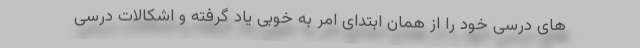
های درسی خود را از همان ابتدای امر به خوبی یاد گرفته و اشکالات درسی